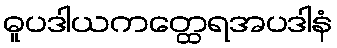
ဓူပဒါယကတ္ထေရအပဒါနံ